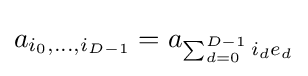
a_{i_{0},\dots ,i_{D-1}}=a_{\sum _{d=0}^{D-1}i_{d}e_{d}}